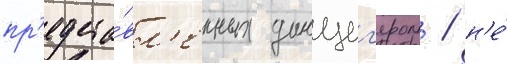
пр'едста́вл'енных данциг'ером / н'е́